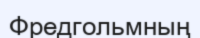
Фредгольмның